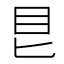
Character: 𥃩